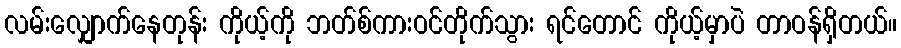
လမ်းလျှောက်နေတုန်း ကိုယ့်ကို ဘတ်စ်ကားဝင်တိုက်သွား ရင်တောင် ကိုယ့်မှာပဲ တာဝန်ရှိတယ်။